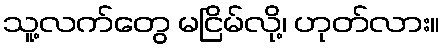
သူ့လက်တွေ မငြိမ်လို့၊ ဟုတ်လား။